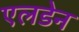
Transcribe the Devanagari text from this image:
एलडेन